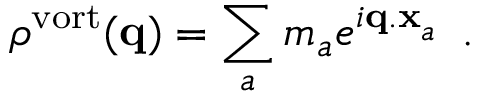
\rho ^ { \mathrm { v o r t } } ( { \bf q } ) = \sum _ { a } m _ { a } e ^ { i { \bf q . x } _ { a } } \, \, \, .